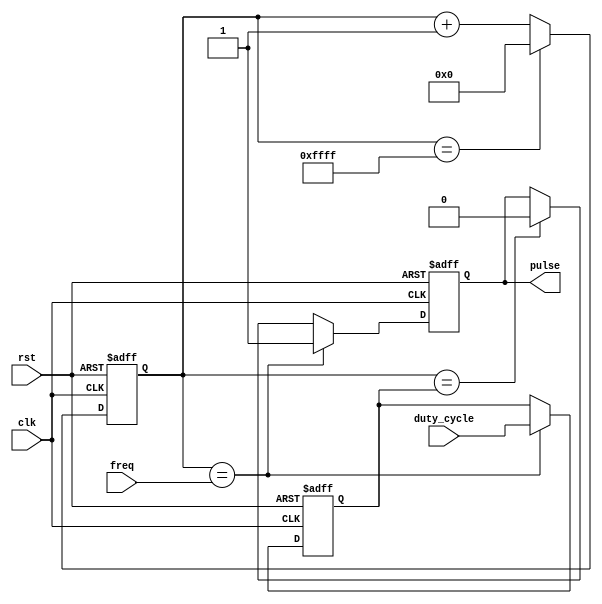
module variable_frequency_pulse_generator(
    input wire clk,
    input wire rst,
    input wire [15:0] freq,
    input wire [15:0] duty_cycle,
    output reg pulse
);

reg [15:0] counter;
reg [15:0] pulse_width;

always @ (posedge clk or posedge rst) begin
    if (rst) begin
        counter <= 16'b0;
        pulse_width <= 16'b0;
        pulse <= 0;
    end else begin
        if (counter == freq) begin
            pulse <= 1;
            pulse_width <= duty_cycle;
        end else if (counter == pulse_width) begin
            pulse <= 0;
        end
        
        if (counter == 16'd65535) begin
            counter <= 16'd0;
        end else begin
            counter <= counter + 16'd1;
        end
    end
end

endmodule